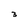
Character: 3